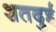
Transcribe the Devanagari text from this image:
शतदुई